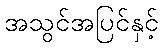
အသွင်အပြင်နှင့်